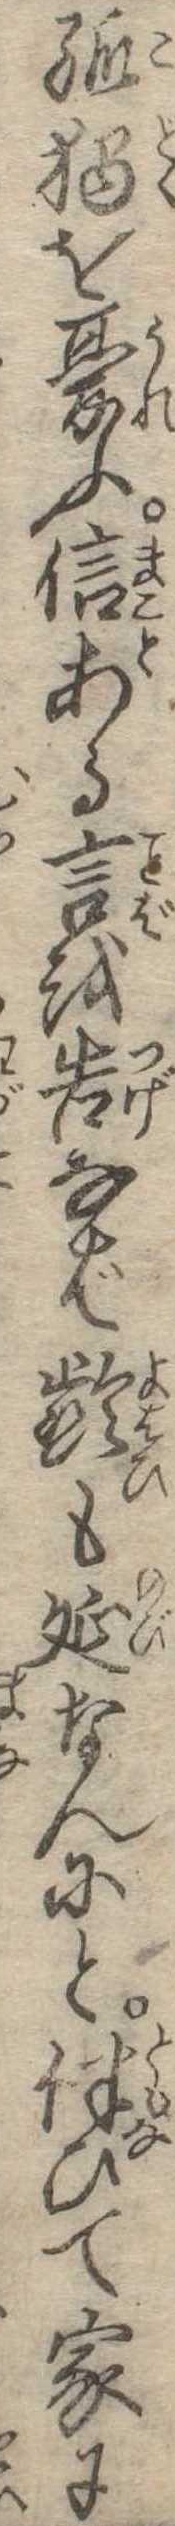
孤独を憂ふ信ある言を告なば齢も延なんにと伴ひて家に